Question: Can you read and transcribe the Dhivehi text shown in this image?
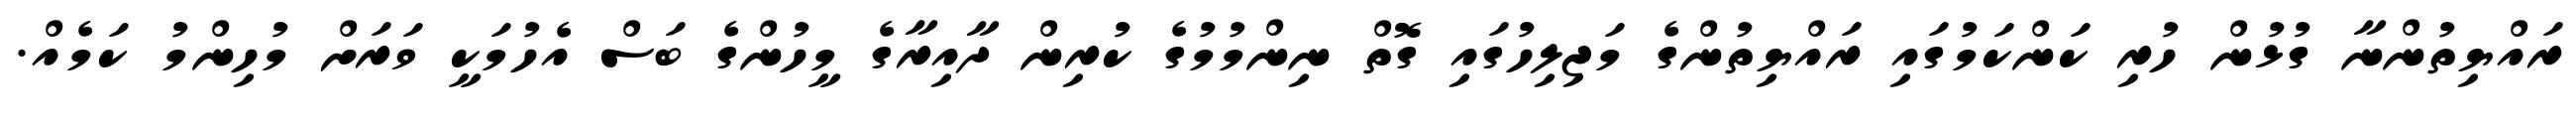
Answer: ރައްޔިތުންނާ ގުޅުން ހުރި ކަންކަމުގައި ރައްޔިތުންގެ މަޖިލިހުގައި ގޮތް ނިންމުމުގެ ކުރިން ދާއިރާގެ މީހުންގެ ބަސް އެހުމަކީ ވަރަށް މުހިންމު ކަމެއް.